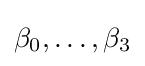
\beta _{0},\dots ,\beta _{3}